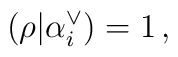
(\rho|\alpha_i^\vee) = 1 \,,